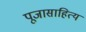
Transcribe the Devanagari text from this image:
पूजासाहित्य